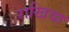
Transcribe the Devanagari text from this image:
राखिया